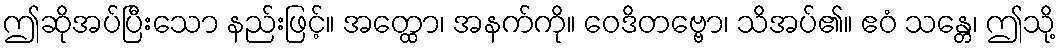
ဤဆိုအပ်ပြီးသော နည်းဖြင့်။ အတ္ထော၊ အနက်ကို။ ဝေဒိတဗ္ဗော၊ သိအပ်၏။ ဧဝံ သန္တေ၊ ဤသို့